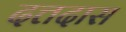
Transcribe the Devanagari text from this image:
दत्तदास